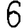
Digit: 6